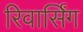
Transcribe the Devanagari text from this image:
रिवार्सिंग